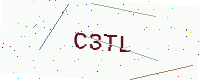
Text: C3TL